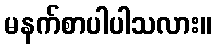
မနက်စာပါပါသလား။